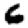
Digit: 6